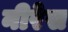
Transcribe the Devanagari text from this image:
नीरेस